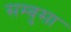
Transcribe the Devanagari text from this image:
सम्बुसा